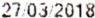
27/03/2018